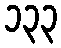
၁၃၃